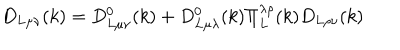
LaTeX: D _ { L \mu \nu } ( k ) = D _ { L \mu \nu } ^ { 0 } ( k ) + D _ { L \mu \lambda } ^ { 0 } ( k ) \Pi _ { L } ^ { \lambda \rho } ( k ) D _ { L \rho \nu } ( k )